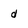
Character: d